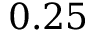
0 . 2 5